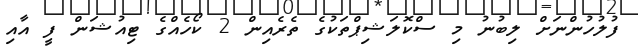
ފުލުހުންނަށް ލިބުނު މި ސްކޮލަޝިޕްތަކުގެ ތެރެއިން 2 ކޯހެއްގެ ޓިއުޝަން ފީ އާއި